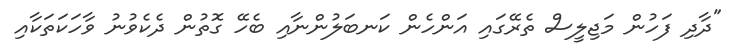
"ދާދި ފަހުން މަޖިލީސް ތެރޭގައި އަންހެން ކަނބަލުންނާއި ބެހޭ ގޮތުން ދެކެވުނު ވާހަކަތަކާއި